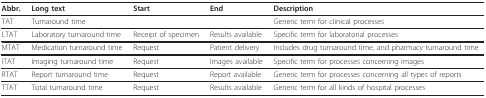
<table><thead><tr><td><b>Abbr.</b></td><td><b>Long text</b></td><td><b>Start</b></td><td><b>End</b></td><td><b>Description</b></td></tr></thead><tbody><tr><td>TAT</td><td>Turnaround time</td><td></td><td></td><td>Generic term for clinical processes</td></tr><tr><td>LTAT</td><td>Laboratory turnaround time</td><td>Receipt of specimen</td><td>Results available</td><td>Specific term for laboratorial processes</td></tr><tr><td>MTAT</td><td>Medication turnaround time</td><td>Request</td><td>Patient delivery</td><td>Includes drug turnaround time, and pharmacy turnaround time</td></tr><tr><td>ITAT</td><td>Imaging turnaround time</td><td>Request</td><td>Images available</td><td>Specific term for processes concerning images</td></tr><tr><td>RTAT</td><td>Report turnaround time</td><td>Request</td><td>Report available</td><td>Generic term for processes concerning all types of reports</td></tr><tr><td>TTAT</td><td>Total turnaround time</td><td>Request</td><td>Results available</td><td>Generic term for all kinds of hospital processes</td></tr></tbody></table>